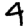
Digit: 4